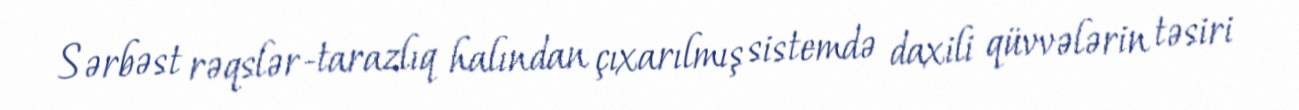
Sərbəst rəqslər-tarazlıq halından çıxarılmış sistemdə daxili qüvvələrin təsiri